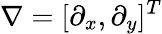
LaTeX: \nabla=[\partial_{x},\partial_{y}]^{T}